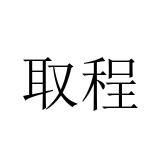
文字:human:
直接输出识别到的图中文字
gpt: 取程